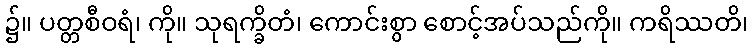
၌။ ပတ္တစီဝရံ၊ ကို။ သုရက္ခိတံ၊ ကောင်းစွာ စောင့်အပ်သည်ကို။ ကရိဿတိ၊